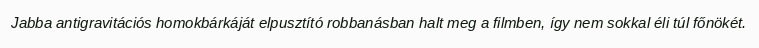
Jabba antigravitációs homokbárkáját elpusztító robbanásban halt meg a filmben, így nem sokkal éli túl főnökét.